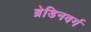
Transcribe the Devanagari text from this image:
ब्रेडिनवर्ग